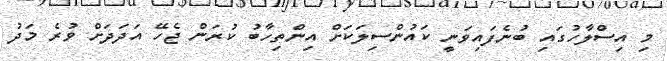
މި އިސްލާހުގައި ބުނެފައިވަނީ ކައުންސިލަކަށް އިންތިހާބު ކުރަން ޖެހޭ އަދަދަށް ވުރެ މަދު